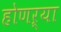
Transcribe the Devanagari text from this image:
होणऱ्या